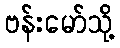
ဗန်းမော်သို့